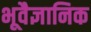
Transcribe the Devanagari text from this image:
भूवैज्ञानिक